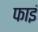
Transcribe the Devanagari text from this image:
फाइं